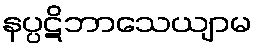
နပ္ပဋိဘာသေယျာမ